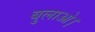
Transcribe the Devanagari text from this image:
बुलाओ।